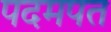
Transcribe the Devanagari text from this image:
पदमपत